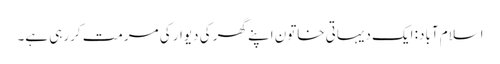
اسلام آباد: ایک دیہاتی خاتون اپنے گھر کی دیوار کی مرمت کررہی ہے۔